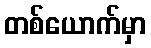
တစ်ယောက်မှာ